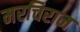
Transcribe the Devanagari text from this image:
मरचिरान